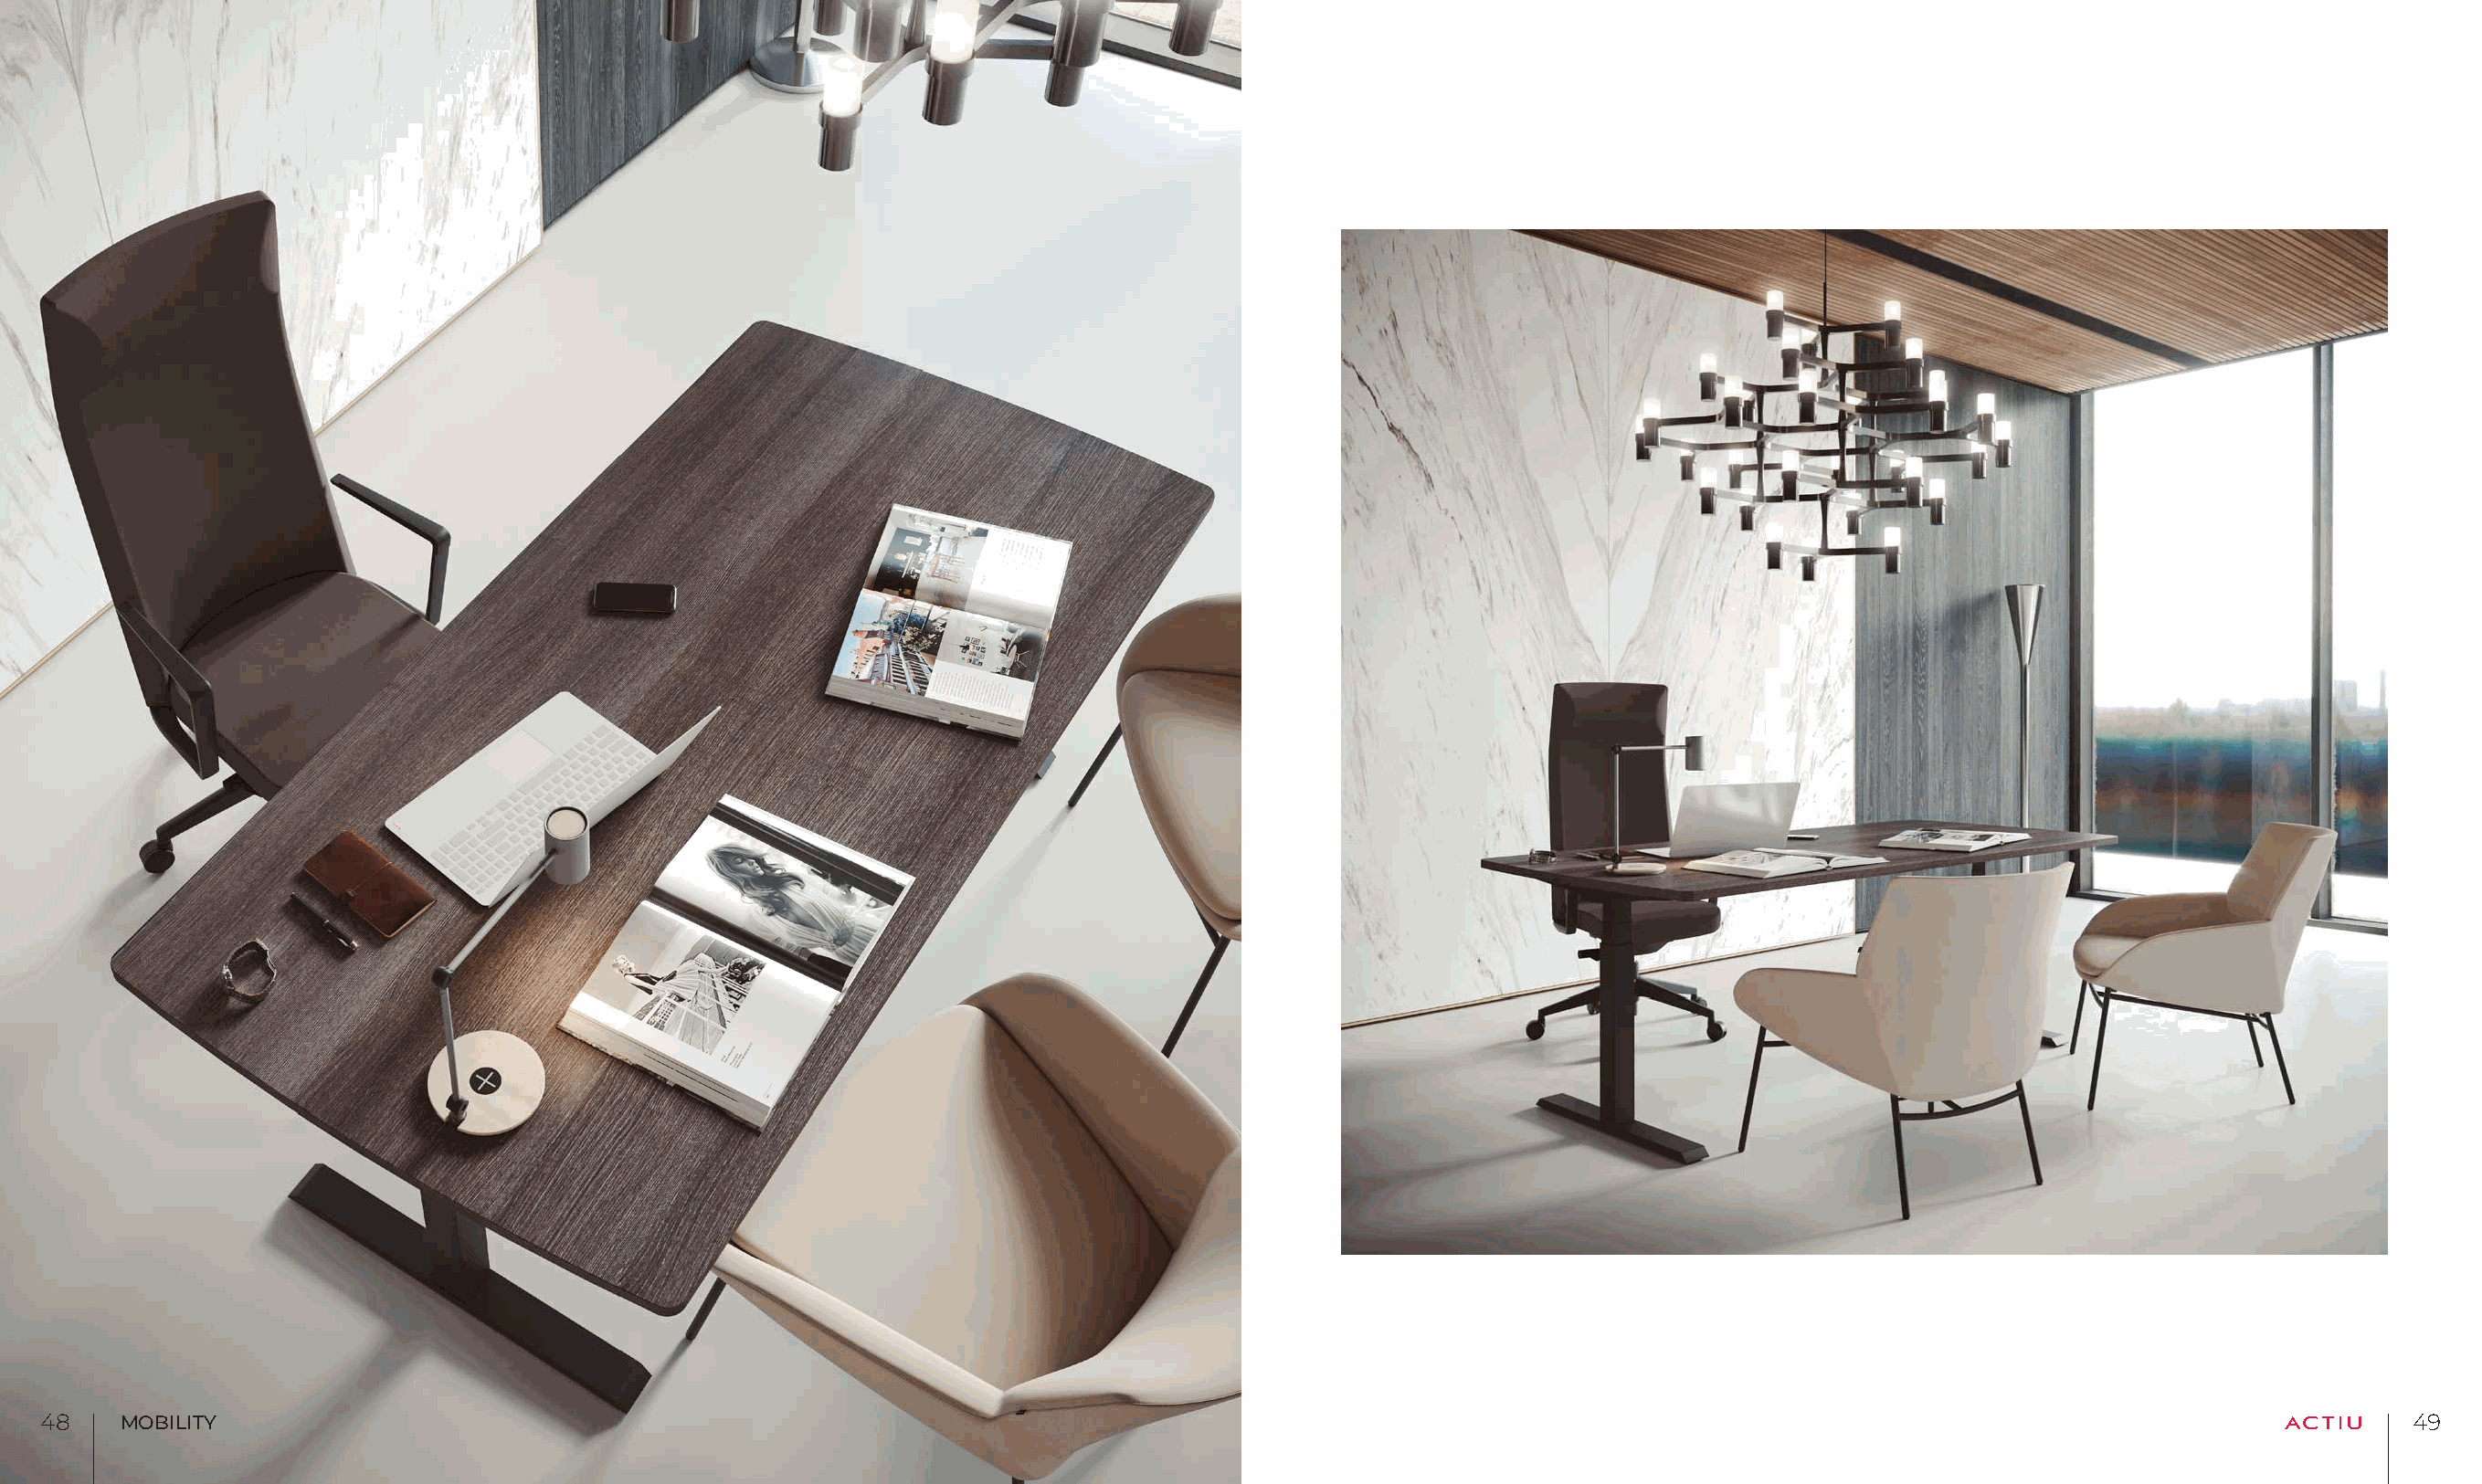
4488  MOBILITY                                                                                                                                                              4499